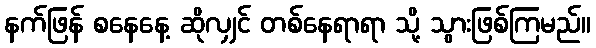
နက်ဖြန် စနေနေ့ ဆိုလျှင် တစ်နေရာရာ သို့ သွားဖြစ်ကြမည်။